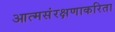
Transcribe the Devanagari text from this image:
आत्मसंरक्षणाकरिता